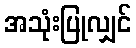
အသုံးပြုလျှင်